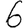
Digit: 6